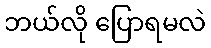
ဘယ်လို ပြောရမလဲ